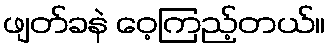
ဖျတ်ခနဲ ဝေ့ကြည့်တယ်။